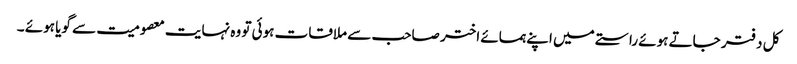
کل دفتر جاتے ہوئے راستے میں اپنے ہمسائے اختر صاحب سے ملاقات ہوئی تو وہ نہایت معصومیت سے گویا ہوئے ۔